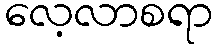
လေ့လာစရာ